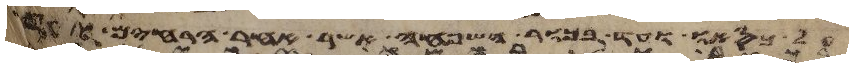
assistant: כסאו ועד בכור השפחה אשר אחר הרחים ועד